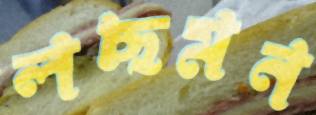
লছমন